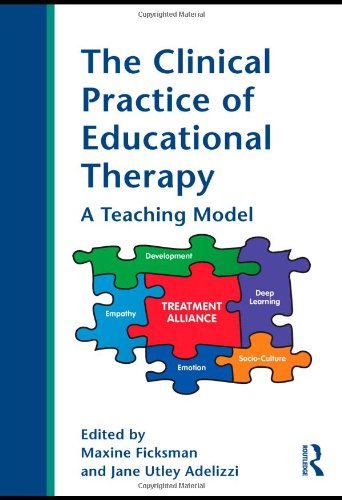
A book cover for The Clinical Practice of Educational Therapy: A Teaching Model; Maxine Ficksman; Business & Money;